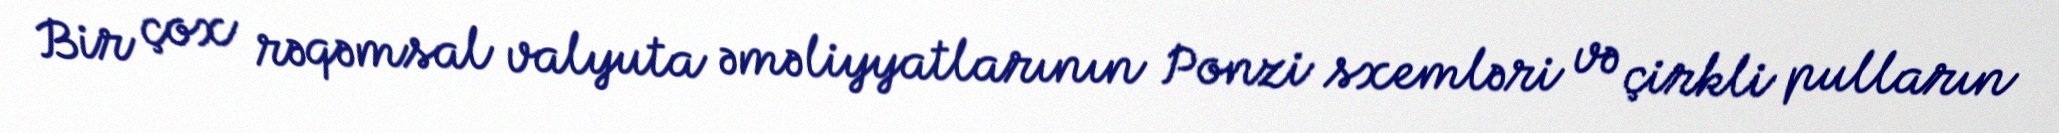
Bir çox rəqəmsal valyuta əməliyyatlarının Ponzi sxemləri və çirkli pulların